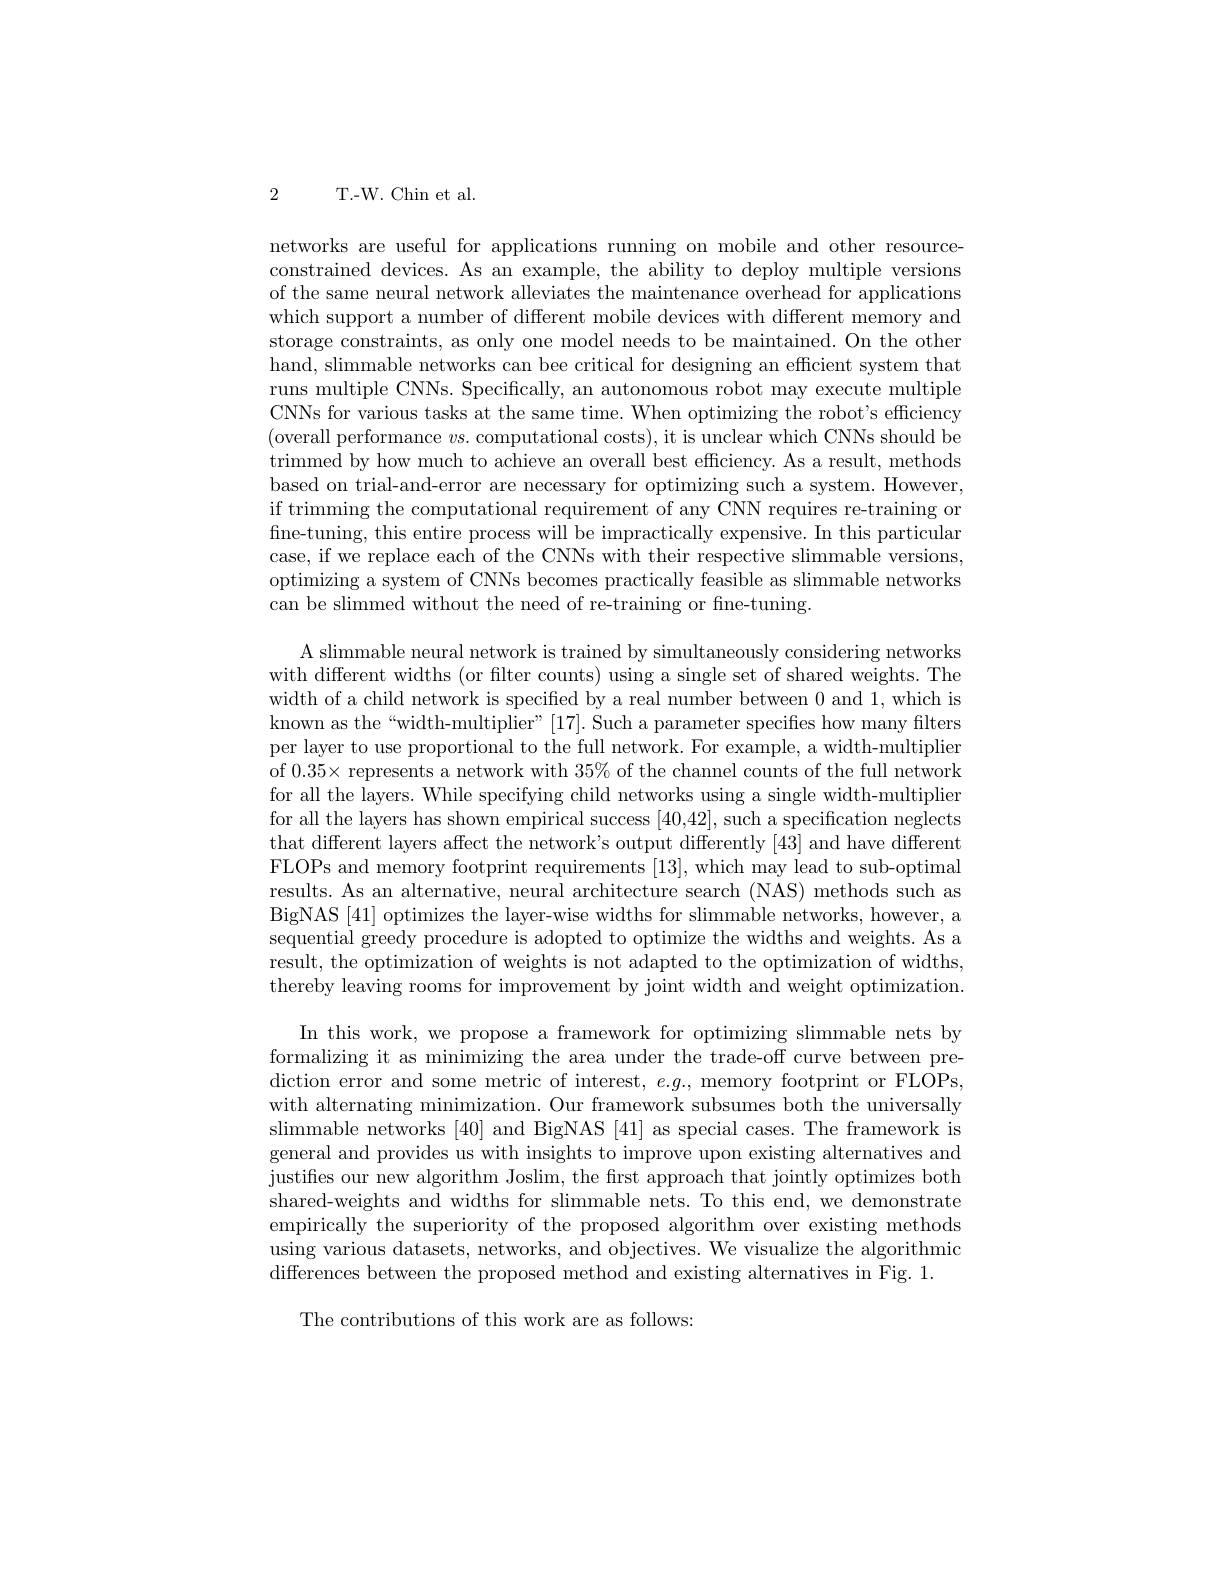
2 T.-W. Chin et al.

networks are useful for applications running on mobile and other resourceconstrained devices. As an example, the ability to deploy multiple versions of the same neural network alleviates the maintenance overhead for applications which support a number of different mobile devices with different memory and storage constraints, as only one model needs to be maintained. On the other hand, slimmable networks can bee critical for designing an efficient system that runs multiple CNNs. Specifically, an autonomous robot may execute multiple CNNs for various tasks at the same time. When optimizing the robot's efficiency (overall performance $vs.$ computational costs), it is unclear which CNNs should be trimmed by how much to achieve an overall best efficiency. As a result, methods based on trial-and-error are necessary for optimizing such a system. However, if trimming the computational requirement of any CNN requires re-training or fine-tuning, this entire process will be impractically expensive. In this particular case, if we replace each of the CNNs with their respective slimmable versions optimizing a system of CNNs becomes practically feasible as slimmable networks can be slimmed without the need of re-training or fne-tuning.

A slimmable neural network is trained by simultaneously considering networks with different widths (or filter counts) using a single set of shared weights. The width of a child network is specified by a real number between 0 and 1, which is known as the“width-multiplier”[17]. Such a parameter specifies how many filters per layer to use proportional to the full network. For example, a width-multiplier of $0.35\times$ represents a network with $35\%$ of the channel counts of the full network for all the layers. While specifying child networks using a single width-multiplier for all the layers has shown empirical success [40,42], such a specification neglects that different layers affect the network's output differently [43] and have different FLOPs and memory footprint requirements [13],which may lead to sub-optimal results. As an alternative, neural architecture search (NAS) methods such as BigNAS [41] optimizes the layer-wise widths for slimmable networks, however, a sequential greedy procedure is adopted to optimize the widths and weights. As a result, the optimization of weights is not adapted to the optimization of widths, thereby leaving rooms for improvement by joint width and weight optimization
In this work, we propose a framework for optimizing slimmable nets by formalizing it as minimizing the area under the trade-off curve between prediction error and some metric of interest, e.g., memory footprint or FLOPs, with alternating minimization. Our framework subsumes both the universally slimmable networks [40] and BigNAS [41] as special cases. The framework is general and provides us with insights to improve upon existing alternatives and justifes our new algorithm Joslim, the first approach that jointly optimizes both shared-weights and widths for slimmable nets. To this end, we demonstrate empirically the superiority of the proposed algorithm over existing methods using various datasets, networks, and objectives. We visualize the algorithmic differences between the proposed method and existing alternatives in Fig. 1.

The contributions of this work are as follows: